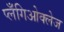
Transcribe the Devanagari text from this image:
प्लँगिओक्लेज